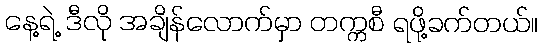
နေ့ရဲ့ ဒီလို အချိန်လောက်မှာ တက္ကစီ ရဖို့ခက်တယ်။